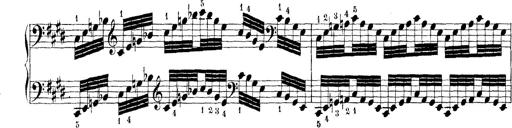
Title: Technische Studien
Composer: Franz Liszt